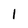
Character: 1